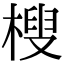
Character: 㮴